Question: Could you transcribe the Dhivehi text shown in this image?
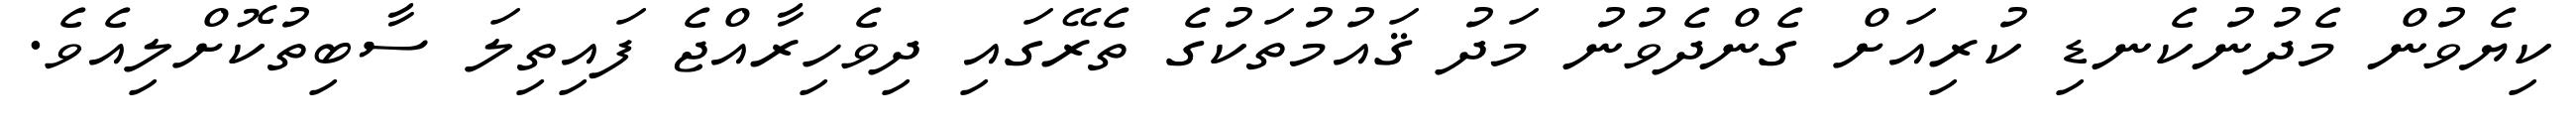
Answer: ކިޔެވުން މެދުނުކެނޑި ކުރިއަށް ގެންދެވުނު މަދު ޤައުމުތަކުގެ ތެރޭގައި ދިވެހިރާއްޖެ ފައިތިލަ ސާބިތުކޮށްލިއެވެ.